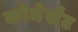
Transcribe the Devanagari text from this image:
कोमेर्संट